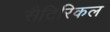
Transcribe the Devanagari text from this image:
सैटिरिकल